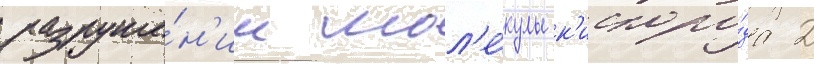
разруше́н'ии мол'е́кулы к'ислоро́да 2